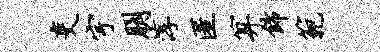
吏宇朋淳匿算饰范